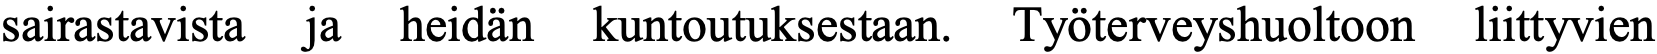
sairastavista ja heidän kuntoutuksestaan. Työterveyshuoltoon liittyvien